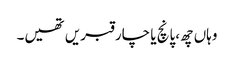
وہاں چھ،پانچ یا چار قبریں تھیں۔